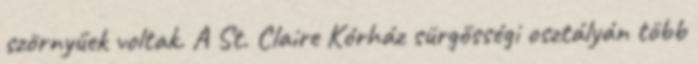
szörnyűek voltak. A St. Claire Kórház sürgősségi osztályán több